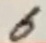
Text: 6